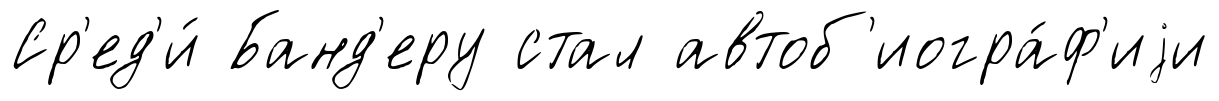
Ср'ед'и́ Банд'еру стал автоб'иогра́ф'иjи